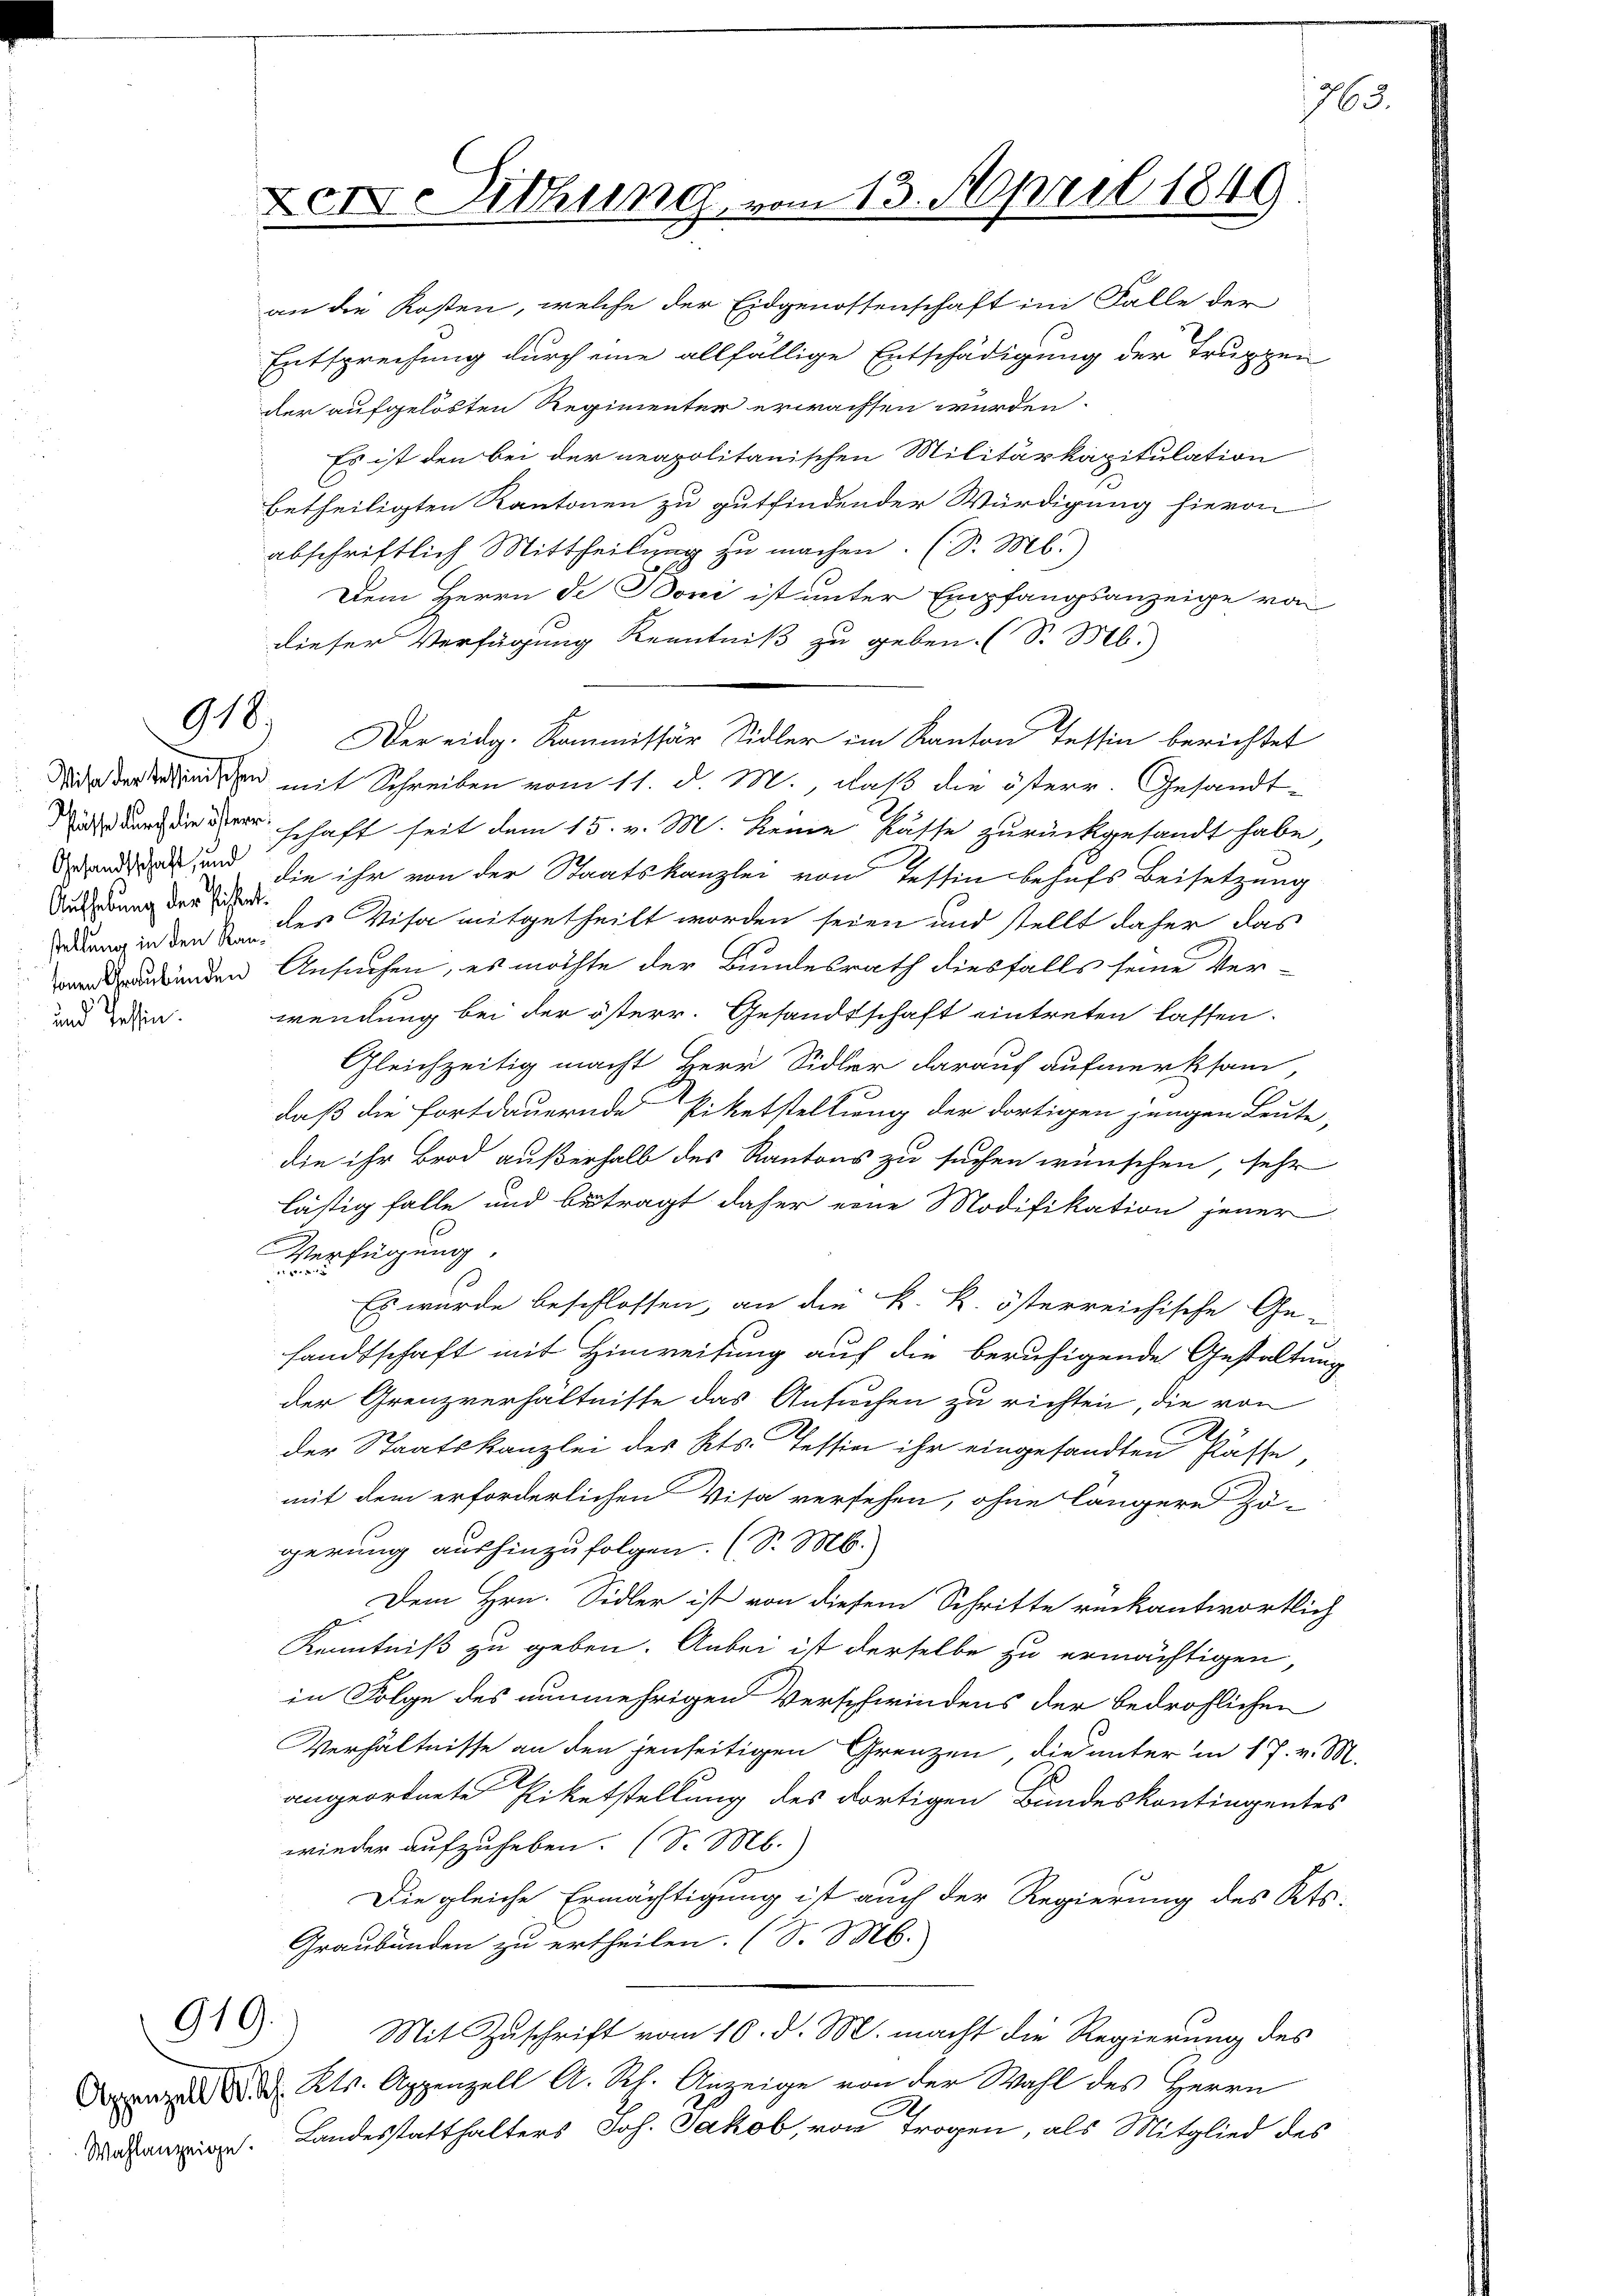
Un
Aufhebung der Pistent.

919.

918

Den Sitzung vom 13. April 1849

an die Kosten, welche der Eidgenossenschaft im Falle der
Entsprechung durch eine allfällige Entschädigung der Truppen
der aufgelösten Regimenter erwachsen würden.
Es ist den bei der neapolitanischen Militärkapitulation
betheiligten Kantonen zu gutfindender Würdigung hievon
abschriftlich Mittheilung zu machen. (S. M.)
Dem Herrn de Boni ist unter Empfangsanzeige von
dieser Verfügung Kenntniß zu geben. (S. M.)
Der eidg. Kommissär Sidler im Kanton Tessin berichtet
id der den mit Schreiben vom 11. d. M., daß die österr. Gesandt-
 an der schaft seit dem 15. v. M. keine Kasse zurückgesandt habe,
nd und die ihr von der Staatskanzlei von Tessin behufs Beisetzung
dung in den des Visa mitgetheilt worden seien und stellt daher das
denden Ansuchen, es möchte der Bundesrath diesfalls seine Ver-
den. Wendung bei der österr. Gesandtschaft eintreten lassen.
Gleichzeitig macht Herr Sidler darauf aufmerksam,
daß die Fortdauernde Piketstellung der dortigen jungen Leute,
die ihr Brod außerhalb des Kantons zu suchen wünschen, sehr
lästig falle und beträgt daher eine Modifikation jener
Verfügung.
Es wurde beschlossen, an die k. k. österreichische Ge-
sandtschaft mit Hinweisung auf die beruhigende Gestaltun
der Grenzverhältnisse das Ansuchen zu richten, die von
der Staatskanzlei des Kts. Tessin ihr eingesandten Klasse,
mit dem erforderlichen Visa versehen, ohne längere Zö-
gerung aushinzufolgen. (S. M.
Dem Hrn. Sidler ist von diesem Schritte rückantwortlich
E
Kenntniß zu geben. Anbei ist derselbe zu ermächtigen,
in Folge des nunmehrigen Verschwindens der bedrohlichen
Verhältnisse an den jenseitigen Grenzen, die unter in 17. v. So
angeordnete Riketstellung des dortigen Bundeskontingentes
wieder aufzuheben. (S. M.)
Die gleiche Ermächtigung ist auch der Regierung des Kts.
Graubünden zu ertheilen. (S. M.
Mit Zuschrift vom 16. d. M. macht die Regierung des
 Kts. Appenzell A. Rh. Anzeige von der Wahl des Herrn
. Landesstatthalters Joh. Jakob, von Trogen, als Mitglied des

763.

2.